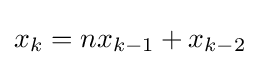
x_{k}=nx_{k-1}+x_{k-2}